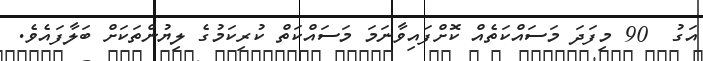
އަގު  90 މިފަދަ މަސައްކަތެއް ކޮށްފައިވާނަމަ މަސައްކަތް ކުރިކަމުގެ ލިޔުންތަކަށް ބަލާފައެވެ.